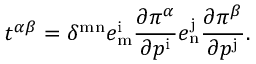
t ^ { \alpha \beta } = \delta ^ { \mathrm { m n } } e _ { \mathrm { m } } ^ { \mathrm { i } } { \frac { \partial \pi ^ { \alpha } } { \partial p ^ { \mathrm { i } } } } e _ { \mathrm { n } } ^ { \mathrm { j } } { \frac { \partial \pi ^ { \beta } } { \partial p ^ { \mathrm { j } } } } .